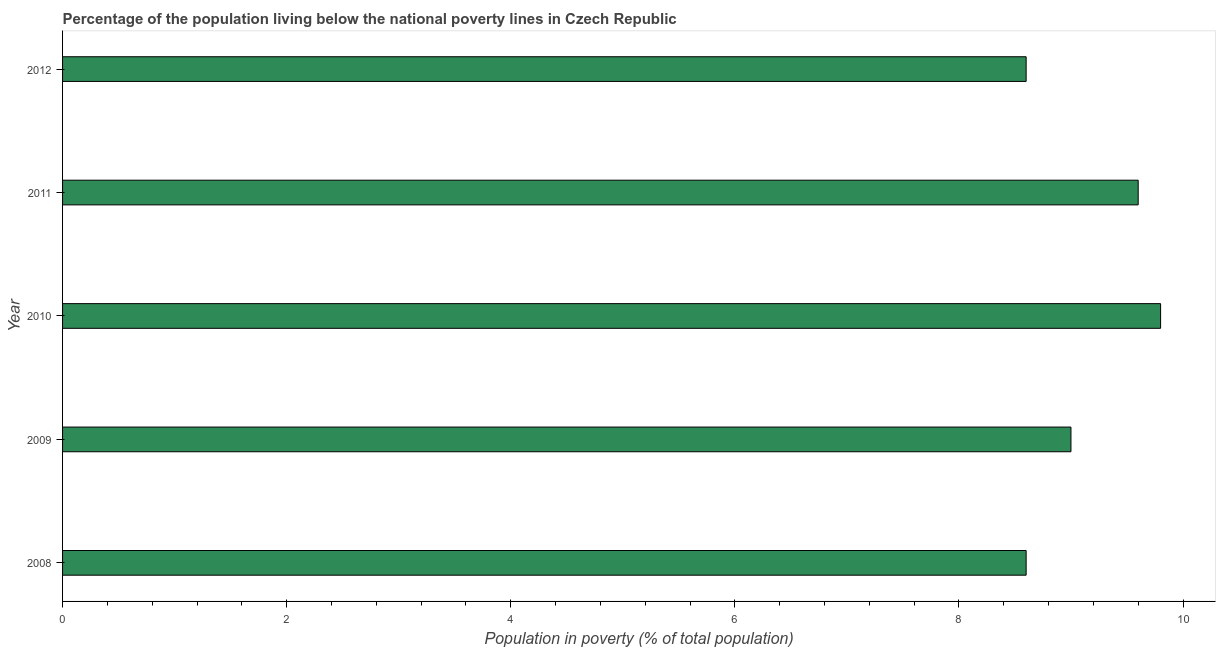
| Year | Poverty headcount ratio |
 | --- | --- |
 | 2008 | 8.6 |
 | 2009 | 9 |
 | 2010 | 9.8 |
 | 2011 | 9.6 |
 | 2012 | 8.6 |